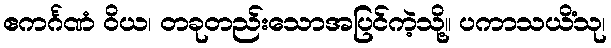
ဧကင်္ဂဏံ ဝိယ၊ တခုတည်းသောအပြင်ကဲ့သို့။ ပကာသယိံသု၊